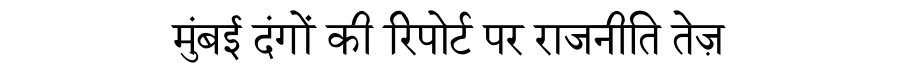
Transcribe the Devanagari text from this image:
मुंबई दंगों की रिपोर्ट पर राजनीति तेज़